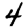
Digit: 4